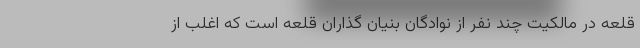
قلعه در مالکیت چند نفر از نوادگان بنیان گذاران قلعه است که اغلب از